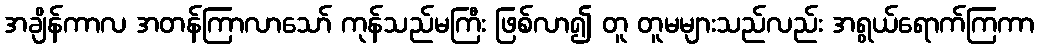
အချိန်ကာလ အတန်ကြာလာသော် ကုန်သည်မကြီး ဖြစ်လာ၍ တူ တူမများသည်လည်း အရွယ်ရောက်ကြကာ